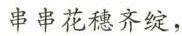
串串花穗齐绽，